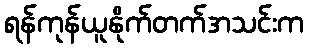
ရန်ကုန်ယူနိုက်တက်အသင်းက